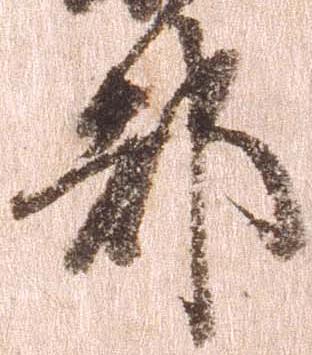
都